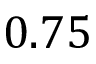
0 . 7 5